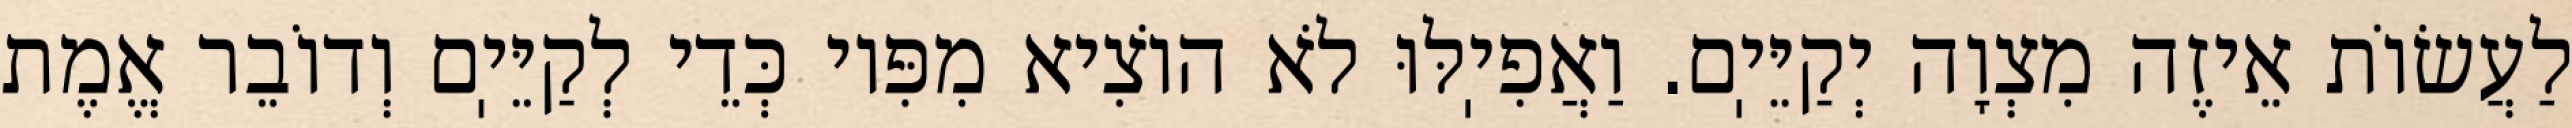
לַעֲשׂוֹת אֵיזֶה מִצְוָה יְקַיֵּיֽם. וַאֲפִיֽלּוּ לֹא הוֹצִיא מִפִּיו כְּדֵי לְקַיֵּיֽם וְדוֹבֵר אֱמֶת